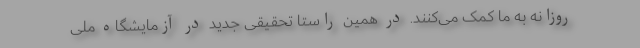
روزانه به ما کمک می‌کنند. در همین راستا تحقیقی جدید در آزمایشگاه ملی